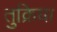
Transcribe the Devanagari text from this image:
तुक्रिया